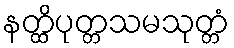
နတ္ထိပုတ္တသမသုတ္တံ